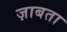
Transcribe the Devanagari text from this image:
ज़ाबता